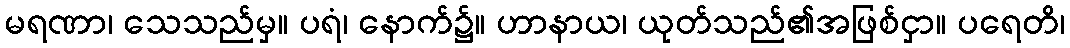
မရဏာ၊ သေသည်မှ။ ပရံ၊ နောက်၌။ ဟာနာယ၊ ယုတ်သည်၏အဖြစ်ငှာ။ ပရေတိ၊